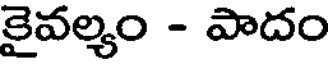
కైవల్యం - పాదం